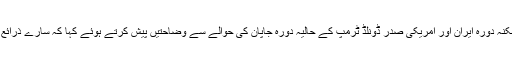
انہوں نے جاپانی وزیر اعظم "شینزو آبے" کے ممکنہ دورہ ایران اور امریکی صدر ڈونلڈ ٹرمپ کے حالیہ دورہ جاپان کی حوالے سے وضاحتیں پیش کرتے ہوئے کہا کہ سارے ذرائع ابلاغ کی خبروں کو تصدیق نہیں کیا جا سکتا ہے۔